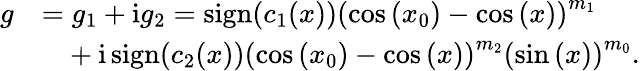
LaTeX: \begin{array}{rl}{g}&{=g_{1}+\mathrm{i}g_{2}=\operatorname{sign}(c_{1}(x))\left(\cos{(x_{0})}-\cos{(x)}\right)^{m_{1}}}\\ &{\phantom{=}+\mathrm{i}\operatorname{sign}(c_{2}(x))\left(\cos{(x_{0})}-\cos{(x)}\right)^{m_{2}}\left(\sin{(x)}\right)^{m_{0}}.}\end{array}